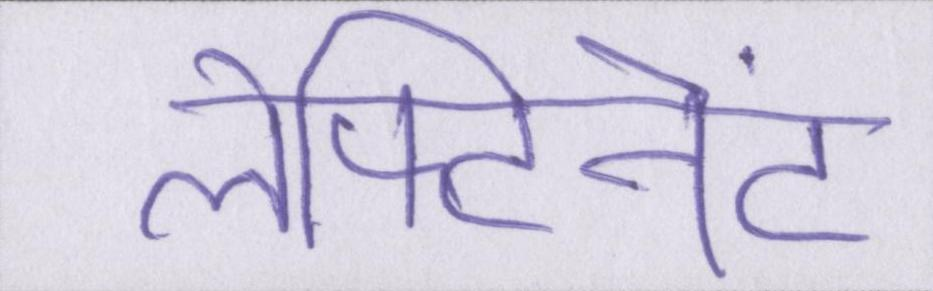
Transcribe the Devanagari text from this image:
लेफ्टिनेंट